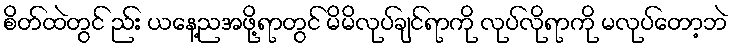
စိတ်ထဲတွင် ည်း ယနေ့ညအဖို့ရာတွင် မိမိလုပ်ချင်ရာကို လုပ်လိုရာကို မလုပ်တော့ဘဲ